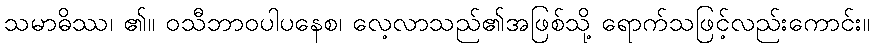
သမာဓိဿ၊ ၏။ ဝသီဘာဝပါပနေစ၊ လေ့လာသည်၏အဖြစ်သို့ ရောက်သဖြင့်လည်းကောင်း။